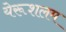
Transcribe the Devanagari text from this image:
येरूशलम